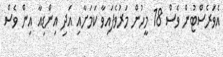
އެެވަރެސްޓުން ވެސް 18 މީހުން މަރުވެފައިވާ ކަމަށާއި އަދި އިންޑިއާ އިން ވެސް